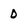
Character: D